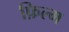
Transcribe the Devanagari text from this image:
फ़िल्म